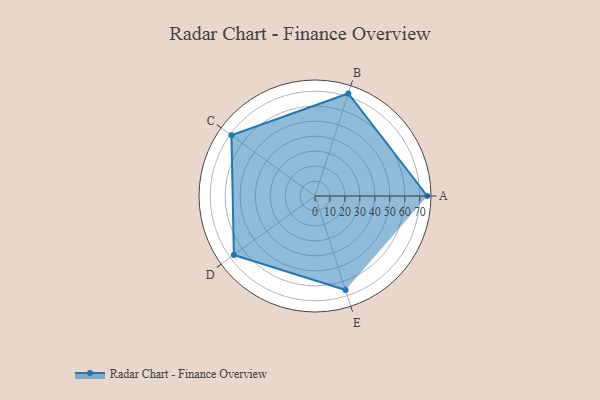
{"axis": {"x": "Skill", "y": "Score"}, "legend": ["Profile"], "data": [{"x": "A", "y": 75.0, "type": "Profile"}, {"x": "B", "y": 72.0, "type": "Profile"}, {"x": "C", "y": 69.0, "type": "Profile"}, {"x": "D", "y": 67.0, "type": "Profile"}, {"x": "E", "y": 66.0, "type": "Profile"}]}